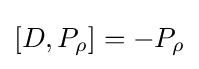
[D,P_{\rho }]=-P_{\rho }